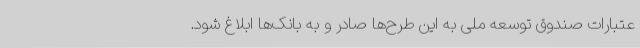
عتبارات صندوق توسعه ملی به این طرح‌ها صادر و به بانک‌ها ابلاغ شود.